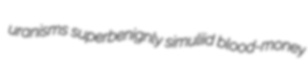
uranisms superbenignly simuliid blood-money